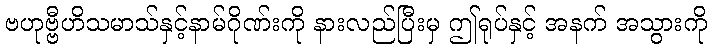
ဗဟုဗ္ဗီဟိသမာသ်နှင့်နာမ်ဂိုဏ်းကို နားလည်ပြီးမှ ဤရုပ်နှင့် အနက် အသွားကို